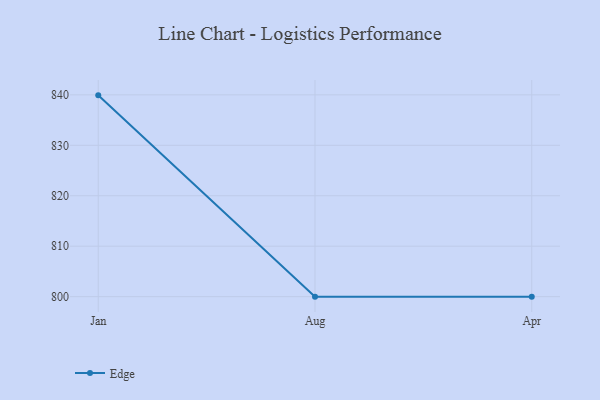
{"axis": {"x": "Month", "y": "Customer Acquisition Cost (USD)"}, "legend": ["Edge"], "data": [{"x": "Jan", "y": 839.9, "type": "Edge"}, {"x": "Aug", "y": 800, "type": "Edge"}, {"x": "Apr", "y": 800, "type": "Edge"}]}